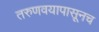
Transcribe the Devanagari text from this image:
तरुणवयापासूनच